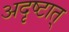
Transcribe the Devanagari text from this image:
अदृष्टात्